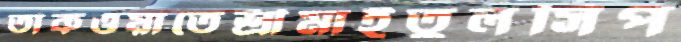
তাকওয়াতেশ্রীমাইতুলসিপ